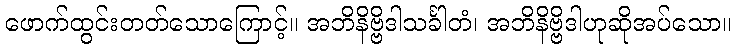
ဖောက်ထွင်းတတ်သောကြောင့်။ အဘိနိဗ္ဗိဒါသင်္ခါတံ၊ အဘိနိဗ္ဗိဒါဟုဆိုအပ်သော။